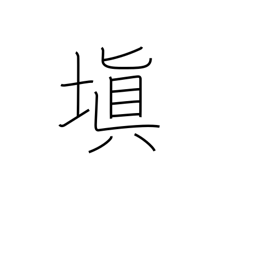
Meaning: make good